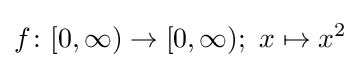
f\colon [0,\infty )\to [0,\infty );\ x\mapsto x^{2}